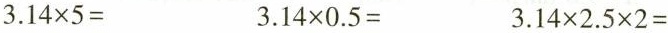
$$3.14 \times 5=$$ $$3.14 \times 0.5=$$ $$3.14 \times 2.5 \times 2=$$